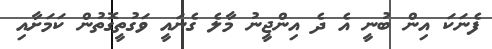
ފެނަކަ އިން ބުނީ އެ ދެ އިންޖީނު މާލެ ގެނައީ ވަގުތީގޮތުން ކަމަށާއި